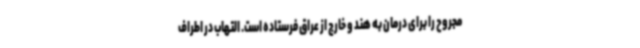
مجروح را برای درمان به هند و خارج از عراق فرستاده است. التهاب در اطراف